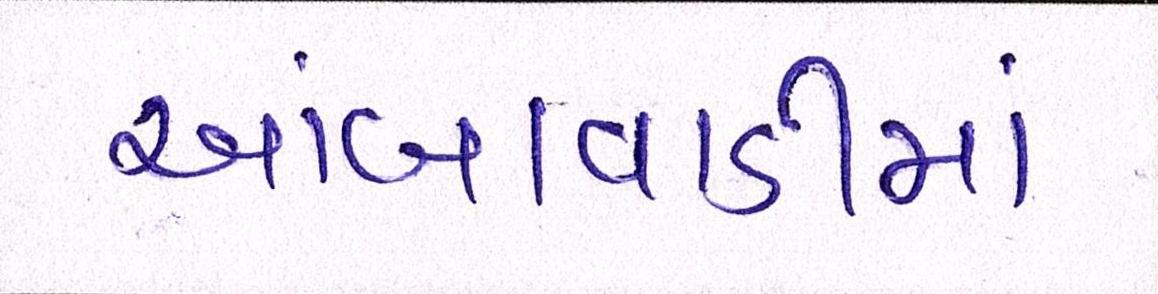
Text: આંબાવાડીમાં